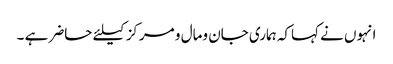
انہوں نے کہاکہ ہماری جان ومال و مرکزکیلئے حاضر ہے ۔